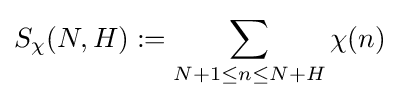
S_{\chi }(N,H):=\sum \limits _{N+1\leq n\leq N+H}\chi (n)